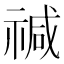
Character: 𮂅